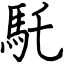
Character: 馲